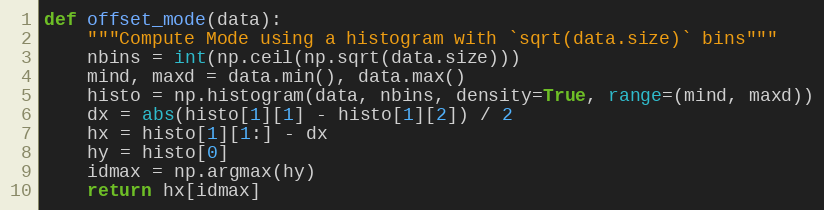
Language: Python
def offset_mode(data):
    """Compute Mode using a histogram with `sqrt(data.size)` bins"""
    nbins = int(np.ceil(np.sqrt(data.size)))
    mind, maxd = data.min(), data.max()
    histo = np.histogram(data, nbins, density=True, range=(mind, maxd))
    dx = abs(histo[1][1] - histo[1][2]) / 2
    hx = histo[1][1:] - dx
    hy = histo[0]
    idmax = np.argmax(hy)
    return hx[idmax]